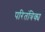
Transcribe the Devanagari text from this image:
परितंत्रिक्य